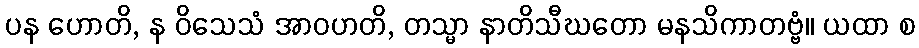
ပန ဟောတိ, န ဝိသေသံ အာဝဟတိ, တသ္မာ နာတိသီဃတော မနသိကာတဗ္ဗံ။ ယထာ စ